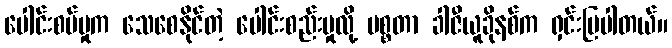
ပေါင်းစပ်မှုက သေစေနိုင်တဲ့ ပေါင်းစည်းမှုလို့ မစ္စတာ ခါဇီယူခိုနစ်က ရှင်းပြပါတယ်။